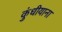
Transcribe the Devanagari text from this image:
कुंधीयाना